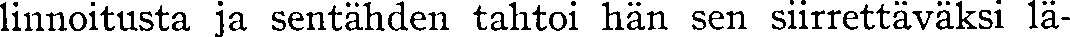
linnoitusta ja sentähden tahtoi hän sen siirrettäväksi lä-